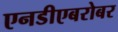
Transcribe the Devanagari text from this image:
एनडीएबरोबर